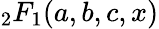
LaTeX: _2F_{1}(a,b,c,x)